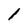
Character: 1